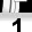
Digit: 1